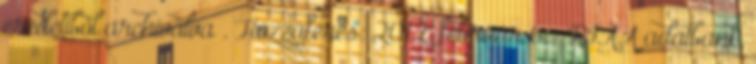
eredetiből archiválva . Hozzáférés: 2012. február 6. ↑ RIAA adatbank,